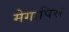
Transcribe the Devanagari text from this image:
मेगापिस